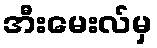
အီးမေးလ်မှ